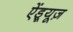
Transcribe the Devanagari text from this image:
ऐंड्र्यूज़